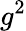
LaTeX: g^{2}